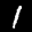
Label: 1